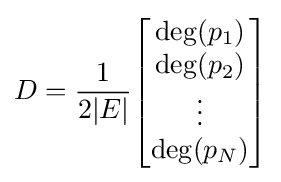
D={1 \over 2|E|}{\begin{bmatrix}\deg(p_{1})\\\deg(p_{2})\\\vdots \\\deg(p_{N})\end{bmatrix}}